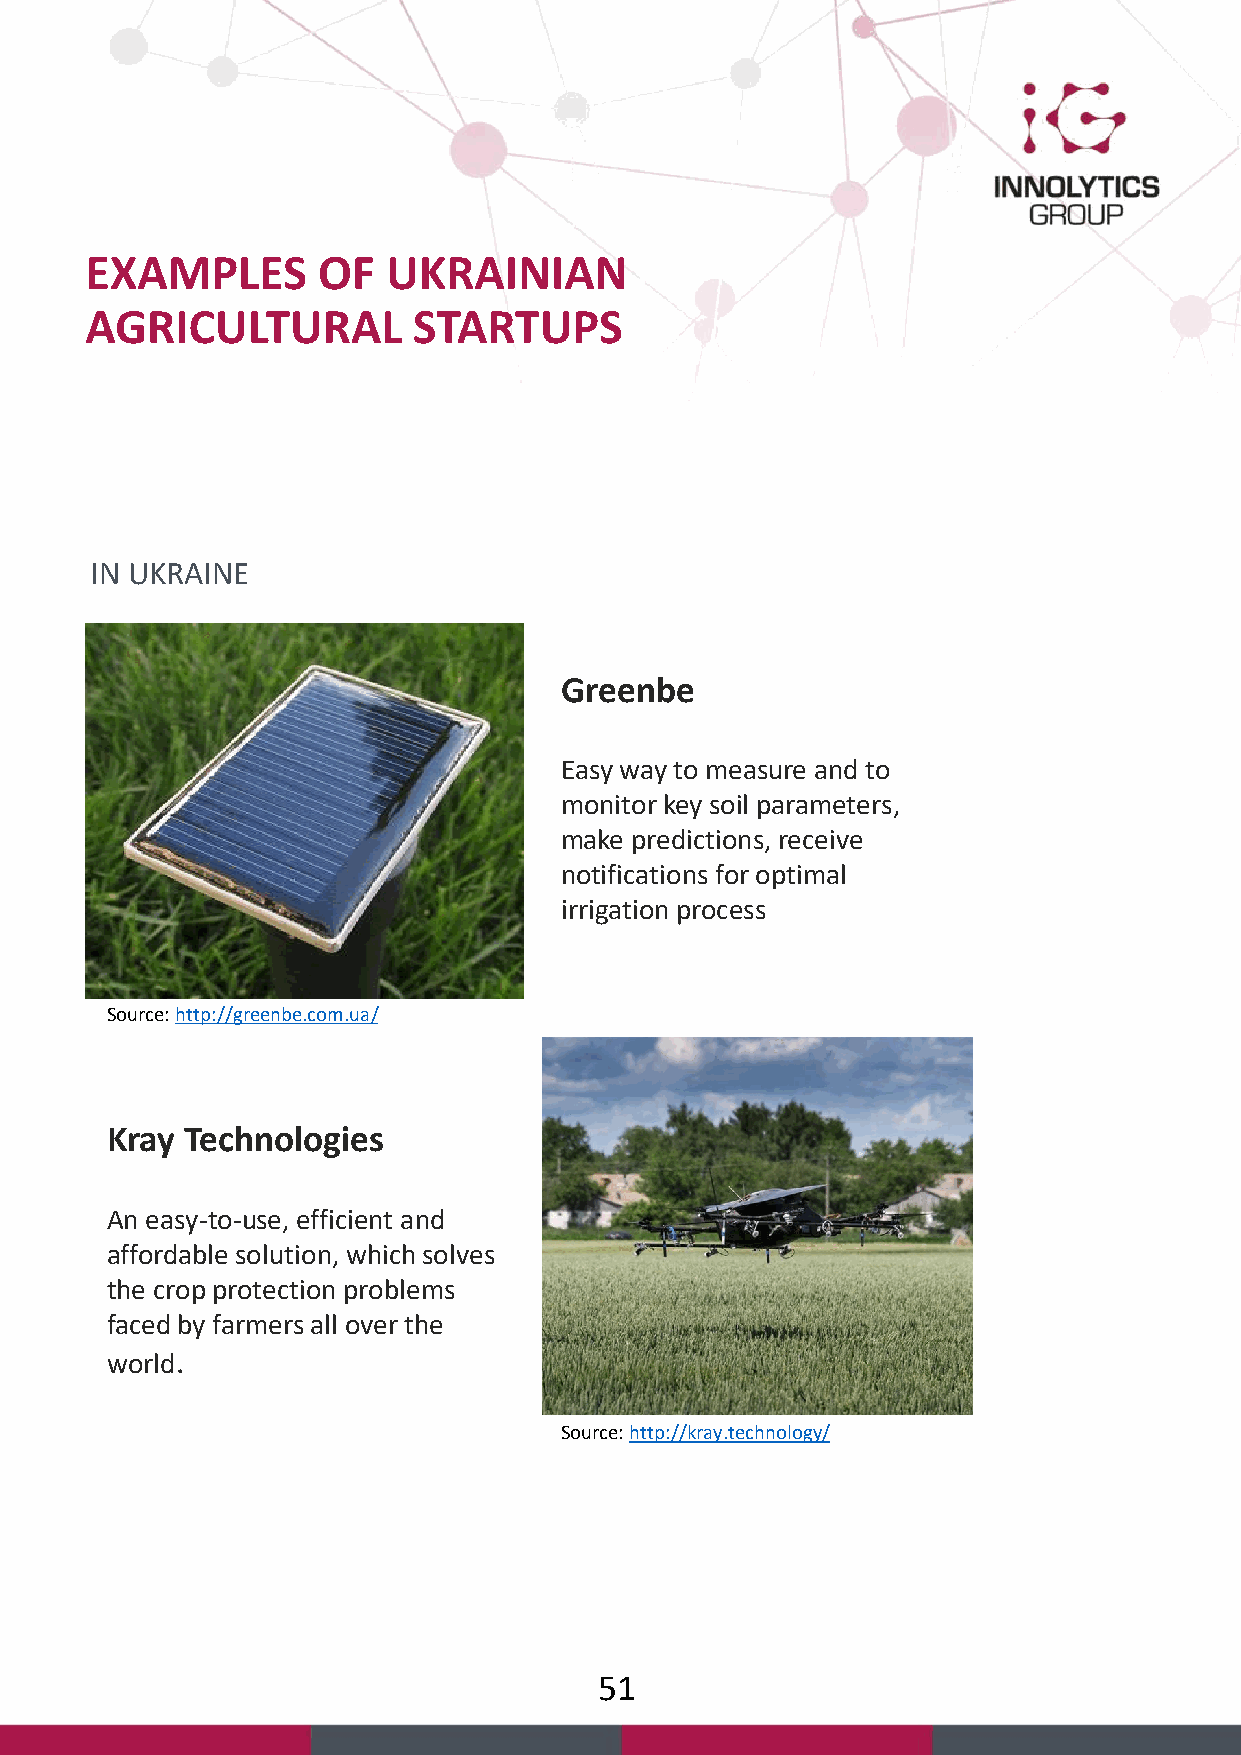
EXAMPLES       OF   UKRAINIAN
 AGRICULTURAL         STARTUPS
 IN UKRAINE
 Greenbe
 Easy way to measure and to
 monitor key soil parameters,
 make predictions, receive
 notifications for optimal
 irrigation process
 Source: http://greenbe.com.ua/
 Kray Technologies
 An easy-to-use, efficient and
 affordable solution, which solves
 the crop protection problems
 faced by farmers all over the
 world.
 Source: http://kray.technology/
 51